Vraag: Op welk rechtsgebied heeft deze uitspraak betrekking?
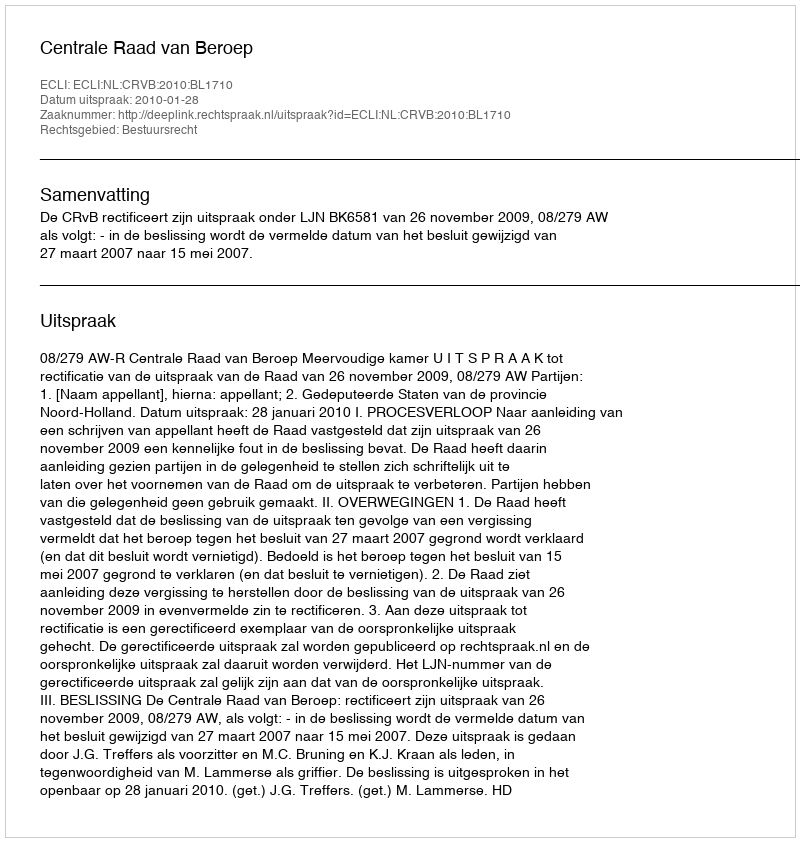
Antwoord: Bestuursrecht